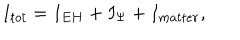
I _ { t o t } = I _ { E H } + I _ { \Psi } + I _ { m a t t e r } ,